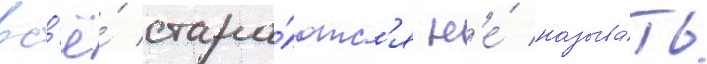
вс'ё́ стара́ютс'я н'е́ называ́ть